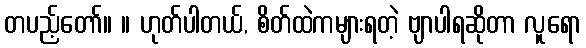
တပည့်တော်။ ။ ဟုတ်ပါတယ်, စိတ်ထဲကများရတဲ့ ဗျာပါရဆိုတာ လူရော